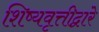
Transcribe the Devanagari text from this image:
शिष्यवृत्तीद्वारे